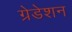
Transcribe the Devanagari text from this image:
ग्रेडेशन